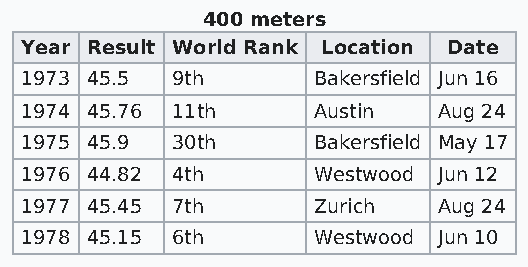
400 meters
 Year Result World Rank Location Date
 1973 45.5 9th       Bakersfield Jun 16
 1974 45.76 11th     Austin  Aug 24
 1975 45.9 30th      Bakersfield May 17
 1976 44.82 4th      Westwood Jun 12
 1977 45.45 7th      Zurich  Aug 24
 1978 45.15 6th      Westwood Jun 10